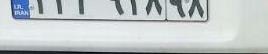
۲۳م۹۲۸۹۸